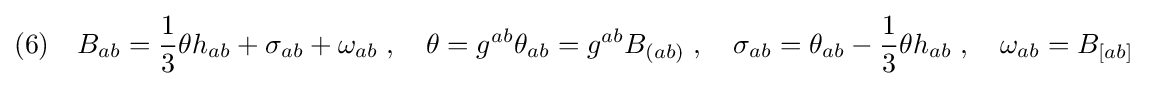
(6)\quad B_{ab}={\frac {1}{3}}\theta h_{ab}+\sigma _{ab}+\omega _{ab}\;,\quad \theta =g^{ab}\theta _{ab}=g^{ab}B_{(ab)}\;,\quad \sigma _{ab}=\theta _{ab}-{\frac {1}{3}}\theta h_{ab}\;,\quad \omega _{ab}=B_{[ab]}\;